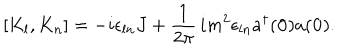
LaTeX: [ K _ { l } , K _ { n } ] = - i \epsilon _ { l n } J + \frac { 1 } { 2 \pi } \, i m ^ { 2 } \epsilon _ { l n } a ^ { \dagger } ( { \bf 0 } ) a ( { \bf 0 } ) .